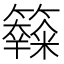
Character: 𥽧